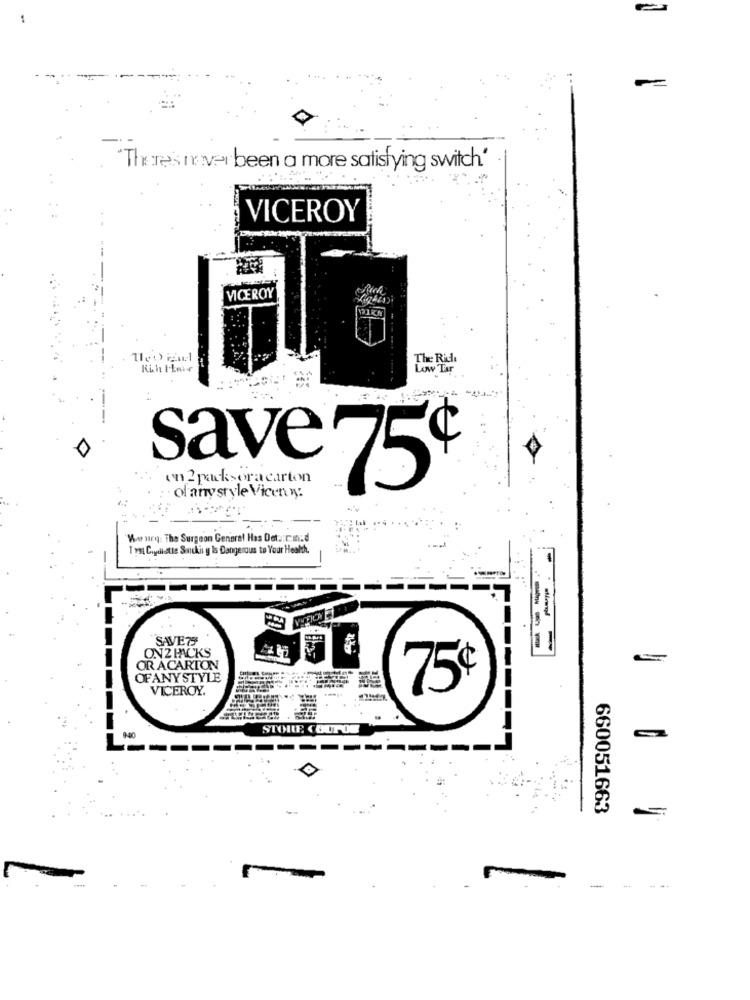
-
There's never been a more satisfying switch'
VICEROY
VICEROY
The Rich
Kich Italy
Low Tr
-
save
¢
on 2 packsoracarton
75
of anystyle Vicen yy:
Mwr ury: The Surgeon General Has Det .: c.in:d
Try Coydiotte Sonukii y Is Dangerous to Your Health.
SAVETS
ON2 HACKS
---
- -
OR ACARTON
OFANYSTYLE
VICEROY.
75%
STORE
660051663
-